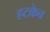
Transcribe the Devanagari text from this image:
हटकेच